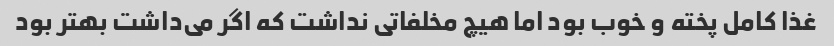
غذا کامل پخته و خوب بود اما هیچ مخلفاتی نداشت که اگر می‌داشت بهتر بود